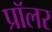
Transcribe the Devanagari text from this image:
प्रॉलर